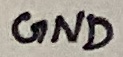
Text: GND